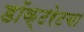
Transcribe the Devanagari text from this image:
डॉक्टरेटचा